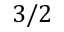
3 / 2